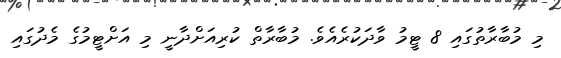
މި މުބާރާތުގައި 8 ޓީމު ވާދަކުރެއެވެ. މުބާރާތް ކުރިއަށްދާނީ މި އަށްޓީމުގެ މެދުގައި